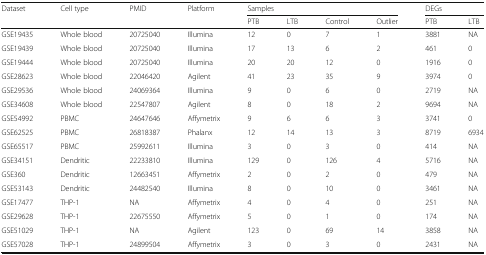
| <ROWSPAN=2> Dataset | <ROWSPAN=2> Cell type | <ROWSPAN=2> PMID | <ROWSPAN=2> Platform | <COLSPAN=4> Samples | <COLSPAN=2> DEGs |
 | PTB | LTB | Control | Outlier | PTB | LTB |
 | --- | --- | --- | --- | --- | --- | --- | --- | --- | --- |
 | GSE19435 | Whole blood | 20725040 | Illumina | 12 | 0 | 7 | 1 | 3881 | NA |
 | GSE19439 | Whole blood | 20725040 | Illumina | 17 | 13 | 6 | 2 | 461 | 0 |
 | GSE19444 | Whole blood | 20725040 | Illumina | 20 | 20 | 12 | 0 | 1916 | 0 |
 | GSE28623 | Whole blood | 22046420 | Agilent | 41 | 23 | 35 | 9 | 3974 | 0 |
 | GSE29536 | Whole blood | 24069364 | Illumina | 9 | 0 | 6 | 0 | 2719 | NA |
 | GSE34608 | Whole blood | 22547807 | Agilent | 8 | 0 | 18 | 2 | 9694 | NA |
 | GSE54992 | PBMC | 24647646 | Affymetrix | 9 | 6 | 6 | 3 | 3741 | 0 |
 | GSE62525 | PBMC | 26818387 | Phalanx | 12 | 14 | 13 | 3 | 8719 | 6934 |
 | GSE65517 | PBMC | 25992611 | Illumina | 3 | 0 | 3 | 0 | 414 | NA |
 | GSE34151 | Dendritic | 22233810 | Illumina | 129 | 0 | 126 | 4 | 5716 | NA |
 | GSE360 | Dendritic | 12663451 | Affymetrix | 2 | 0 | 2 | 0 | 479 | NA |
 | GSE53143 | Dendritic | 24482540 | Illumina | 8 | 0 | 10 | 0 | 3461 | NA |
 | GSE17477 | THP-1 | NA | Affymetrix | 4 | 0 | 4 | 0 | 251 | NA |
 | GSE29628 | THP-1 | 22675550 | Affymetrix | 5 | 0 | 1 | 0 | 174 | NA |
 | GSE51029 | THP-1 | NA | Agilent | 123 | 0 | 69 | 14 | 3858 | NA |
 | GSE57028 | THP-1 | 24899504 | Affymetrix | 3 | 0 | 3 | 0 | 2431 | NA |